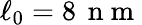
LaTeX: \ell_{0}=8\, \mathrm{~n~m~}